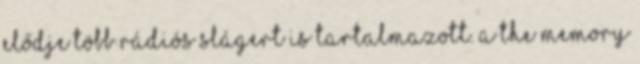
elődje több rádiós slágert is tartalmazott. A The Memory